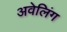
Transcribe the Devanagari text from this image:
अवेलिंग